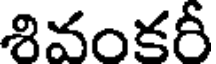
శివంకరీ